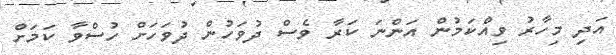
އަދި މިހާރު ވިއްކަމުން އަންނަ ކަރާ ވެސް ދުވަހުން ދުވަހަށް ހުސްވާ ކަމަށް